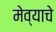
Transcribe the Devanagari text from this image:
मेव्याचे